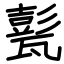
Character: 甏